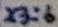
Text: X3:6